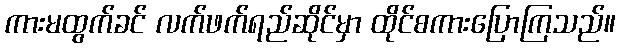
ကားမထွက်ခင် လက်ဖက်ရည်ဆိုင်မှာ ထိုင်စကားပြောကြသည်။